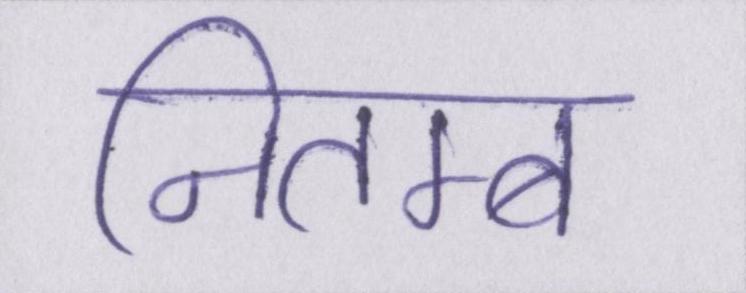
नितम्ब